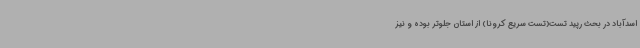
اسدآباد در بحث رپید تست(تست سریع کرونا) از استان جلوتر بوده و نیز